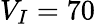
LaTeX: V_{I}=70